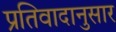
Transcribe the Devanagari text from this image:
प्रतिवादानुसार